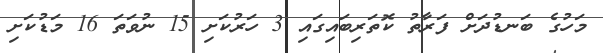
މަހުގެ ބަނޑުދަށް ފަރާތު ކޮތަރިބައިގައި 3 ހަރުކަށި 15 ނުވަތަ 16 މަޑުކަށި